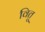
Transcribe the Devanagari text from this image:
वितु